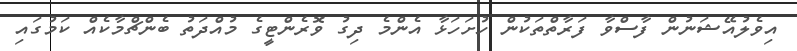
އިވެލުއޭޝަނުން ފާސްވާ ފަރާތްތަކުން ހުށަހަޅާ އެންމެ ދިގު ވޮރެންޓީގެ މުއްދަތު ބެންޗްމާކެއް ކަމުގައި